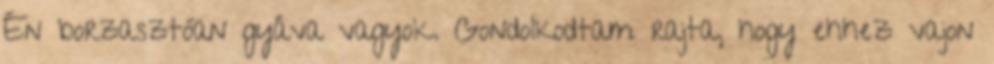
Én borzasztóan gyáva vagyok. Gondolkodtam rajta, hogy ehhez vajon